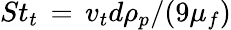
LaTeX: St_{t}\, =\, v_{t}d\rho_{p}/(9\mu_{f})